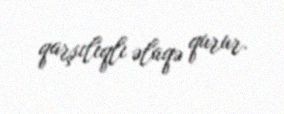
qarşılıqlı əlaqə qurur.